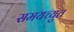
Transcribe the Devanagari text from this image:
समयच्युत